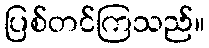
ပြစ်တင်ကြသည်။